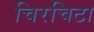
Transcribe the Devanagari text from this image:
चिरचिटा